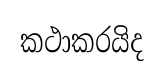
කථාකරයිද